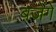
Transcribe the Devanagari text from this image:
बजेंगे